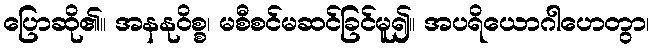
ပြောဆို၏။ အနနုဝိစ္စ၊ မစီစင်မဆင်ခြင်မူ၍။ အပရိယောဂါဟေတွာ၊